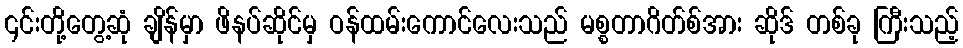
၎င်းတို့တွေ့ဆုံ ချိန်မှာ ဖိနပ်ဆိုင်မှ ဝန်ထမ်းကောင်လေးသည် မစ္စတာဂိတ်စ်အား ဆိုဒ် တစ်ခု ကြီးသည့်